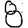
Digit: 8